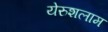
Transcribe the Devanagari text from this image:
येरुशलाम